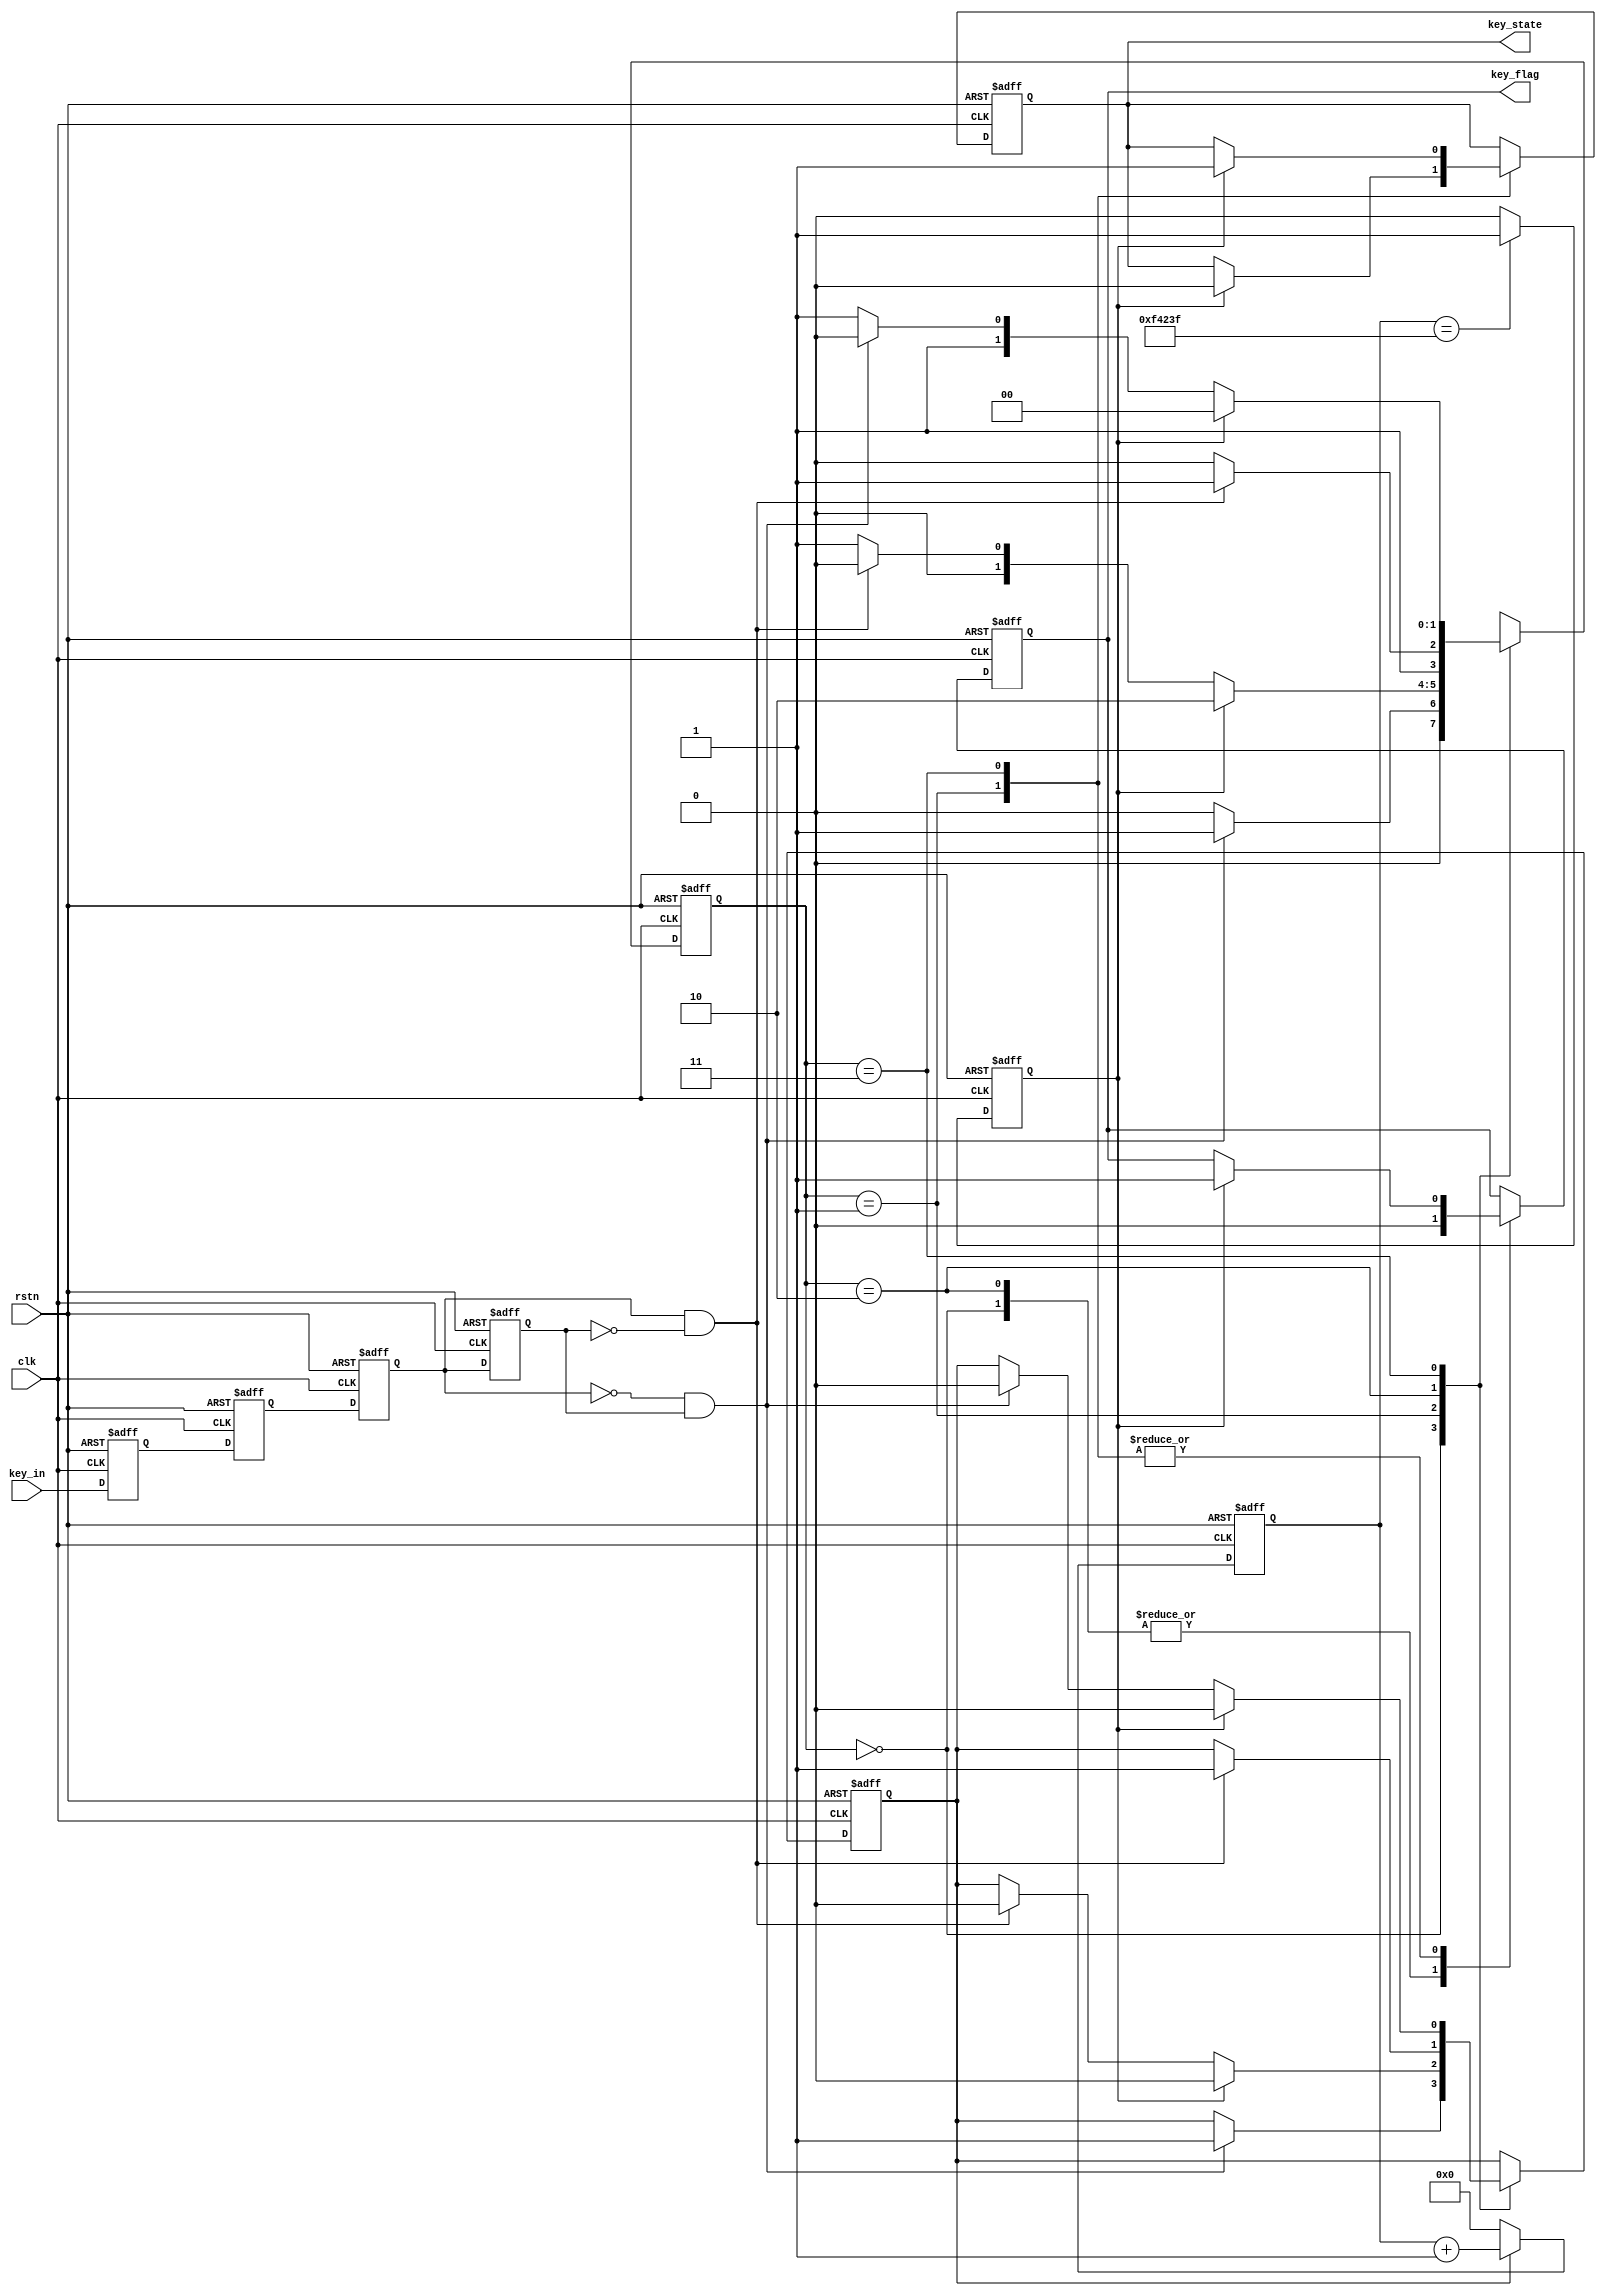
module key_filter(
    clk,
    rstn,
    key_in,
    key_flag,
    key_state
);

input wire clk;
input wire rstn;
input wire key_in;
output reg key_flag;
output reg key_state;

reg key_in_sync0;
reg key_in_sync1;
reg key_in_dly0;
reg key_in_dly1;

//one bit CDC;
always @(posedge clk or negedge rstn) begin
    if (!rstn) begin
        key_in_sync0 <= 1'b0;
        key_in_sync1 <= 1'b0;
    end
    else begin
        key_in_sync0 <= key_in;
        key_in_sync1 <= key_in_sync0;
    end
end

//edge detect;
always @(posedge clk or negedge rstn) begin
    if (!rstn) begin
        key_in_dly0 <= 1'b0;
        key_in_dly1 <= 1'b0;
    end
    else begin
        key_in_dly0 <= key_in_sync1;
        key_in_dly1 <= key_in_dly0;
    end
end

assign key_in_pedge = key_in_dly0 & (!key_in_dly1);
assign key_in_nedge = (!key_in_dly0) & key_in_dly1;

//counter 20ms;
reg [19:0] cnt;
reg cnt_full;
reg cnt_en;
always @(posedge clk or negedge rstn) begin
    if (!rstn) begin
        cnt <= 20'd0;
    end
    else if (cnt_en) begin
        cnt <= cnt + 1'b1;
    end
    else begin
        cnt <= 20'd0;
    end
end

always @(posedge clk or negedge rstn) begin
    if (!rstn) begin
        cnt_full <= 1'b0;
    end
    else if (cnt == 20'd999_999) begin
        cnt_full <= 1'b1;
    end
    else begin
        cnt_full <= 1'b0;
    end
end

//fsm design;
parameter   IDEL = 2'd0,
            JITTER0 = 2'd1,
            DOWN = 2'd2,
            JITTER1 = 2'd3;

reg [1:0] state;

always @(posedge clk or negedge rstn) begin
    if (!rstn) begin
        state <= IDEL;
        cnt_en <= 1'b0;
        key_flag <= 1'b0;
        key_state <= 1'b1;
    end
    else begin
        case (state)
            IDEL:   begin
                key_flag <= 1'b0;
                if (key_in_nedge) begin
                    state <= JITTER0;
                    cnt_en <= 1'b1;
                end
                else begin
                state <= IDEL;
                end
            end
            JITTER0:    begin
                if (cnt_full) begin
                    key_flag <= 1'b1;
                    key_state <= 1'b0;
                    cnt_en <= 1'b0; 
                    state <= DOWN;
                end
                else if (key_in_pedge) begin
                    state <= IDEL;
                    cnt_en <= 1'b0; 
                end
                else begin
                    state <= JITTER0;
                end
            end
            DOWN:   begin
                key_flag <= 1'b0;
                if (key_in_pedge) begin
                    state <= JITTER1;
                    cnt_en <= 1'b1;
                end
                else begin
                    state <= DOWN;
                end
            end
            JITTER1:    begin
                if (cnt_full)  begin
                    key_flag <= 1'b1;
                    key_state <= 1'b1;
                    cnt_en <= 1'b0;
                    state <= IDEL;
                end
                else if (key_in_nedge) begin
                    cnt_en <= 1'b0;
                    state <= DOWN;
                end
                else begin
                    state <= JITTER1;
                end
            end
        endcase
    end
end

endmodule